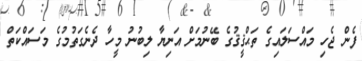
ފެން ޖެހި މައްސަލައިގެ ތަޙްޤީޤުގެ ބޭނުމަށް އަނިޔާ ލިބުނު މީހާ ދެނެގަތުމުގެ މަސައްކަތް